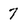
Character: 7